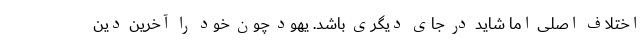
اختلاف اصلی اما شاید در جای دیگری باشد. یهود چون خود را آخرین دین